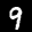
Label: 9